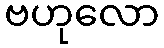
ဗဟုလော